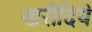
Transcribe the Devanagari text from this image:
खरीदिये